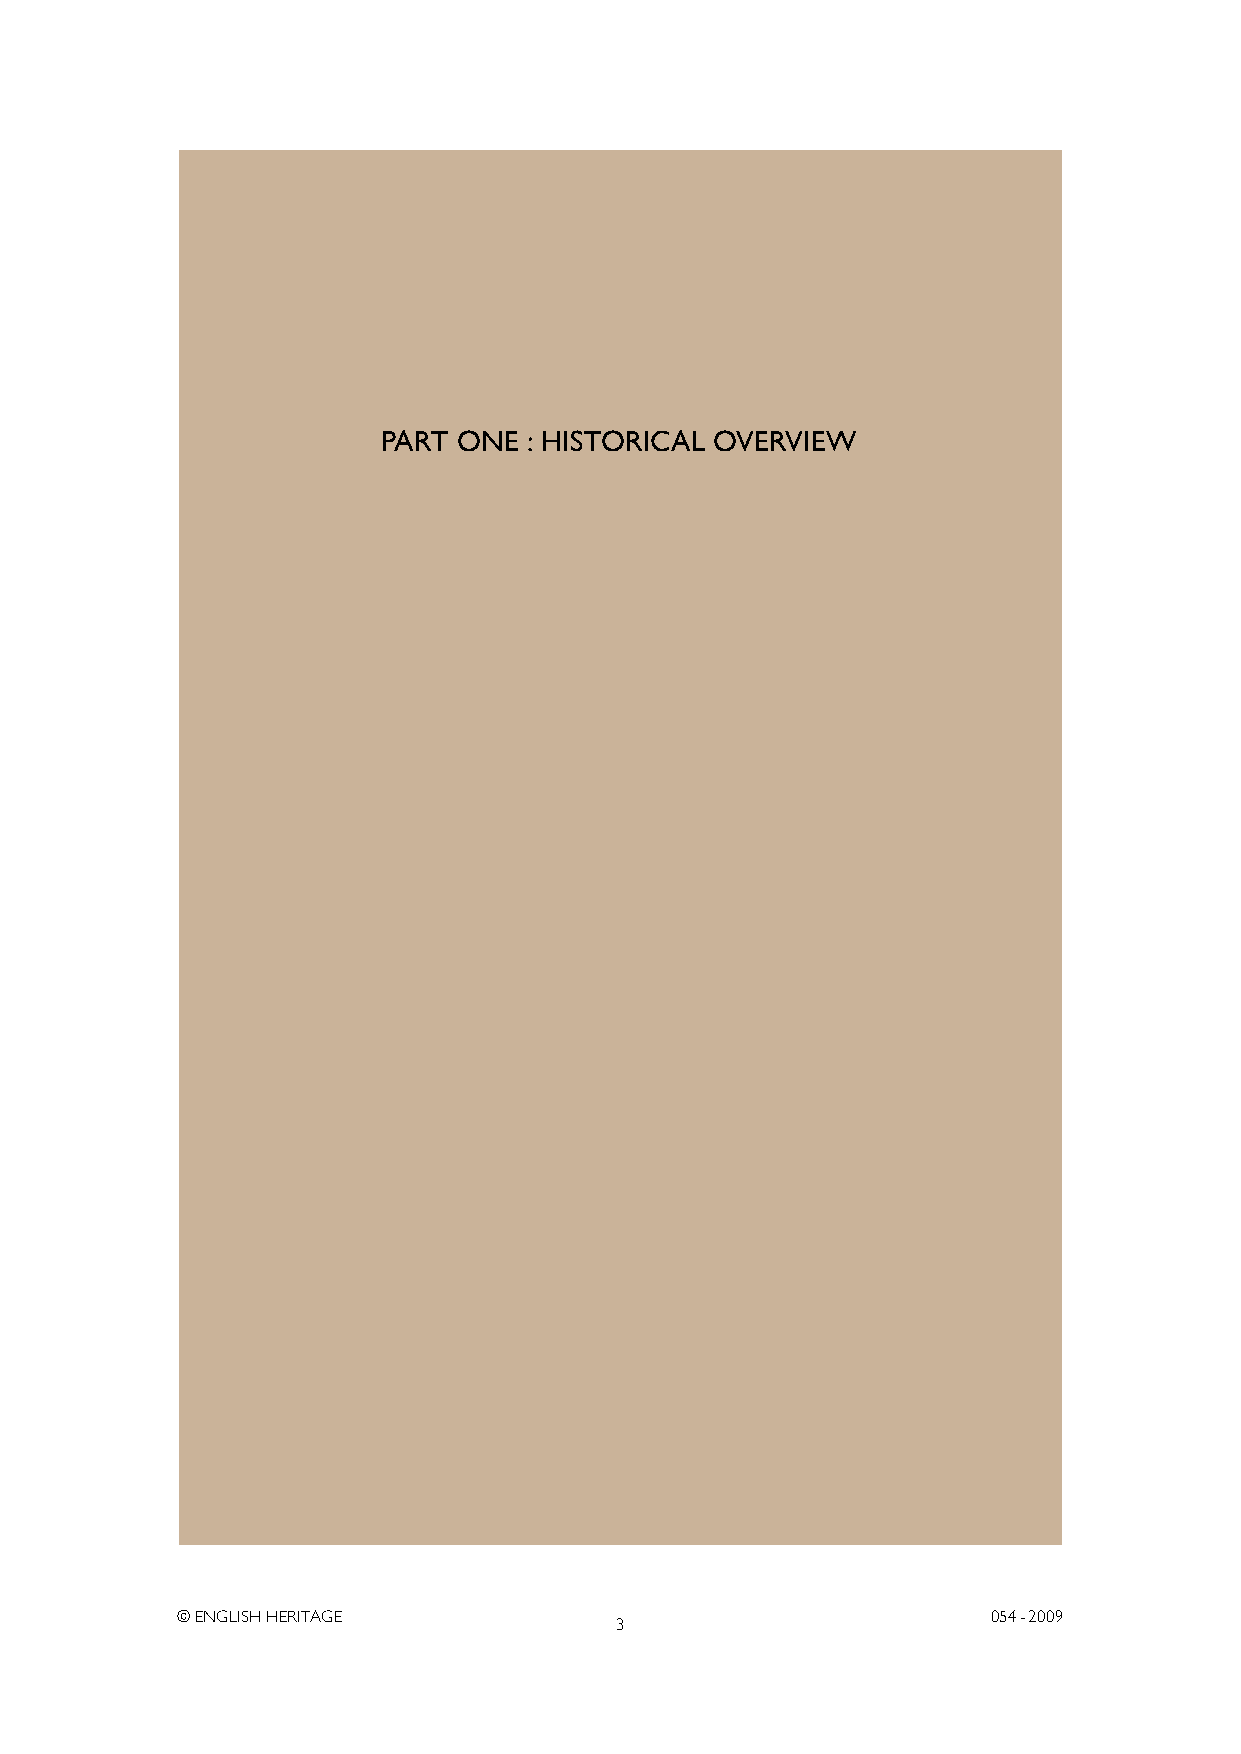
PART ONE  : HISTORICAL OVERVIEW
 © ENGLISH HERITAGE                                    054- 2009
 3